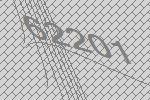
62201